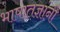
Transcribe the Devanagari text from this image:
भाषातज्ञांनी